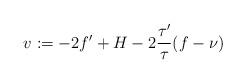
LaTeX: \begin{align*}v:=-2f^\prime+H-2\frac{\tau^\prime}{\tau}(f-\nu)\end{align*}